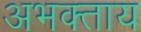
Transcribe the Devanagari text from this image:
अभक्ताय